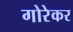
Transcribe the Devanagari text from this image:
गोरेकर